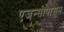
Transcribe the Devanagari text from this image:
एजन्सीपासून